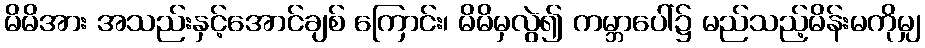
မိမိအား အသည်းနှင့်အောင်ချစ် ကြောင်း၊ မိမိမှလွဲ၍ ကမ္ဘာပေါ်၌ မည်သည့်မိန်းမကိုမျှ